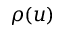
\rho ( u )